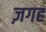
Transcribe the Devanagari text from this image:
ज़गह